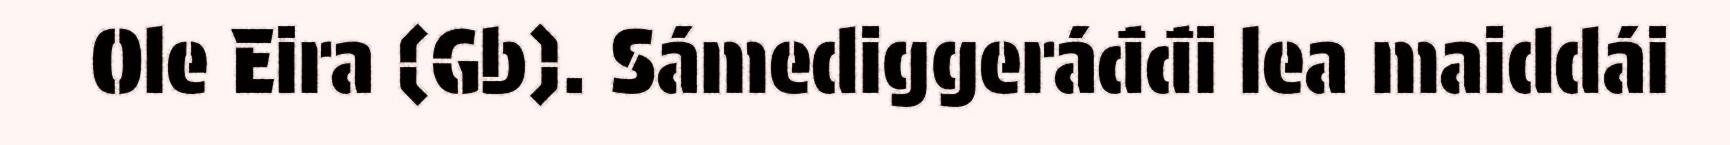
Ole Eira (Gb). Sámediggeráđđi lea maiddái